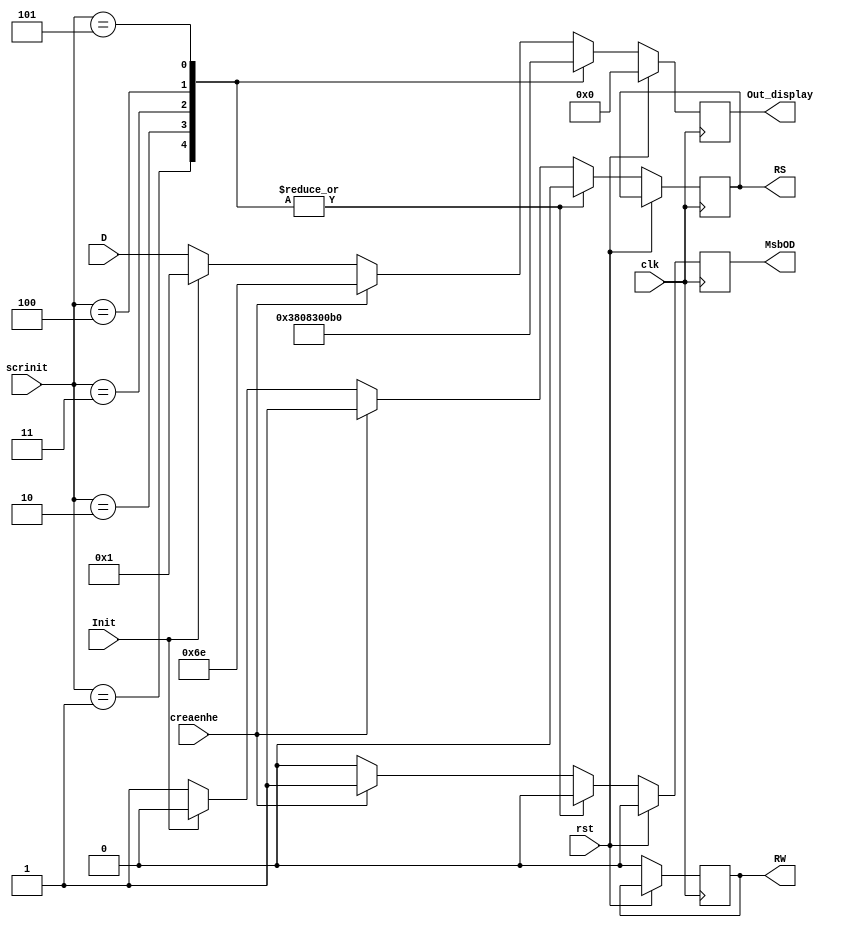
module Create (Init, creaenhe, D, rst, RS, RW, Out_display, MsbOD, clk, scrinit);
  input Init;
  input creaenhe;
	input clk;
	input [2:0] scrinit;
  input [6:0] D;
  input rst;
	output reg MsbOD;
	output reg [6:0] Out_display;
  output reg RS;
	output reg RW;

always @(negedge clk) begin
	if(rst) begin
		MsbOD=0;
		Out_display=7'b0;
	end
	else begin
		case (scrinit)
			3'b001: begin
				Out_display={7'b0111000};
				MsbOD=0;
				RW=0;
				RS=0;
			end
			3'b010: begin
				Out_display={7'b0000100};
				MsbOD=0;
				RW=0;
				RS=0;
			end
			3'b011: begin
				Out_display={7'b0001100};
				MsbOD=0;
				RW=0;
				RS=0;
			end
			3'b100: begin
				Out_display={7'b0000001};
				MsbOD=0;
				RW=0;
				RS=0;
			end
			3'b101: begin
				Out_display={7'b0110000};
				MsbOD=0;
				RW=0;
				RS=0;
			end
			default begin
				if (creaenhe) begin
					Out_display={7'b1101110};
					MsbOD=1;
					RW=0;
					RS=1;
				end
				else begin
					if(Init) begin
						Out_display={7'b0000001};
						MsbOD=0;
						RS=0;
						RW=0;
					end 
					else begin
						Out_display=D;
						MsbOD=0;
						RW=0;
						RS=1;
					end
				end
			end
		endcase
	end
end
endmodule